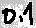
Text: 0.1